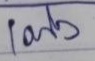
เต็ง